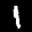
Label: 1